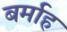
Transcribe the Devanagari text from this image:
बर्माह